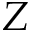
Z